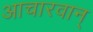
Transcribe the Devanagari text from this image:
आचारवान्